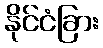
နိုင်ငံခြား